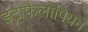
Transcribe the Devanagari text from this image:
इंट्राफैलोपियन